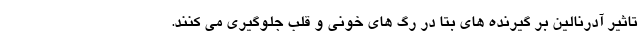
تاثیر آدرنالین بر گیرنده های بتا در رگ های خونی و قلب جلوگیری می کنند.